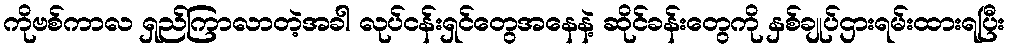
ကိုဗစ်ကာလ ရှည်ကြာလာတဲ့အခါ လုပ်ငန်းရှင်တွေအနေနဲ့ ဆိုင်ခန်းတွေကို နှစ်ချုပ်ဌားရမ်းထားရပြီး